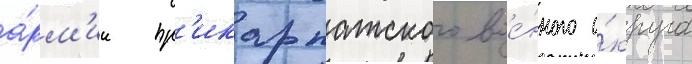
а́рм'ии пр'икарпатского вое́нного о́круга